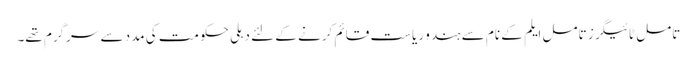
تامل ٹائیگرز تامل ایلم کے نام سے ہندو ریاست قائم کرنے کے لئے دہلی حکومت کی مدد سے سرگرم تھے۔